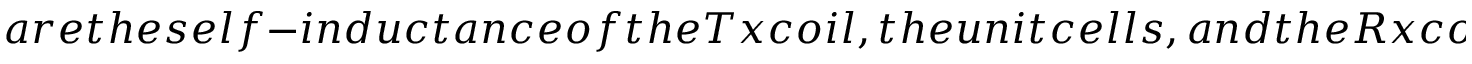
a r e t h e s e l f - i n d u c t a n c e o f t h e T x c o i l , t h e u n i t c e l l s , a n d t h e R x c o i l ( s ) , r e s p e c t i v e l y ;